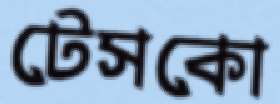
টেসকো